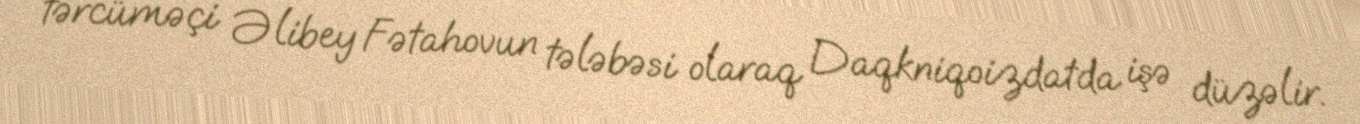
tərcüməçi Əlibey Fətahovun tələbəsi olaraq Daqkniqoizdatda işə düzəlir.